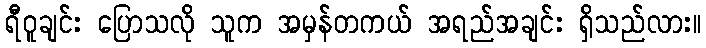
ရီဝူချင်း ပြောသလို သူက အမှန်တကယ် အရည်အချင်း ရှိသည်လား။